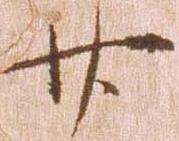
廿